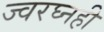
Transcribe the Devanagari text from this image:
ज्वरघ्नही